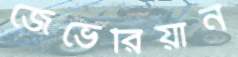
জেভেরিয়ান